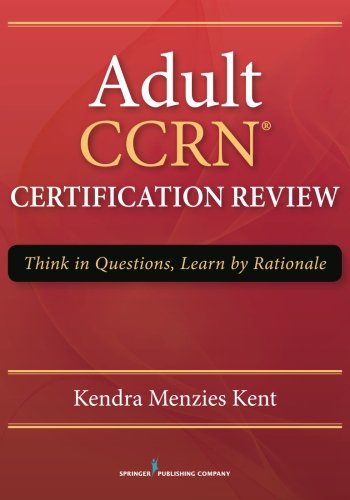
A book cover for Adult CCRN Certification Review: Think in Questions, Learn by Rationale; Kendra Menzies Kent RN  MS  CCRN  CNRN  RN-BC; Medical Books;